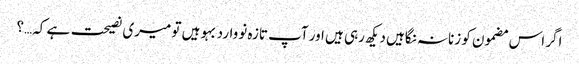
اگر اس مضمون کو زنانہ نگاہیں دیکھ رہی ہیں اور آپ تازہ نووارد بہو ہیں تو میری نصیحت ہے کہ…؟